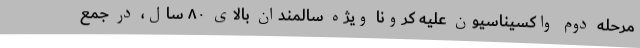
مرحله دوم واکسیناسیون علیه کرونا ویژه سالمندان بالای ۸۰ سال، در جمع